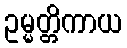
ဥမ္မတ္တိကာယ